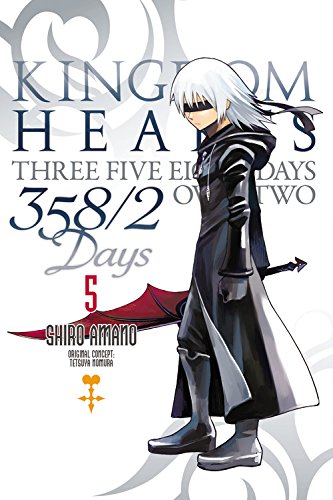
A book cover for Kingdom Hearts 358/2 Days, Vol. 5; Children's Books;